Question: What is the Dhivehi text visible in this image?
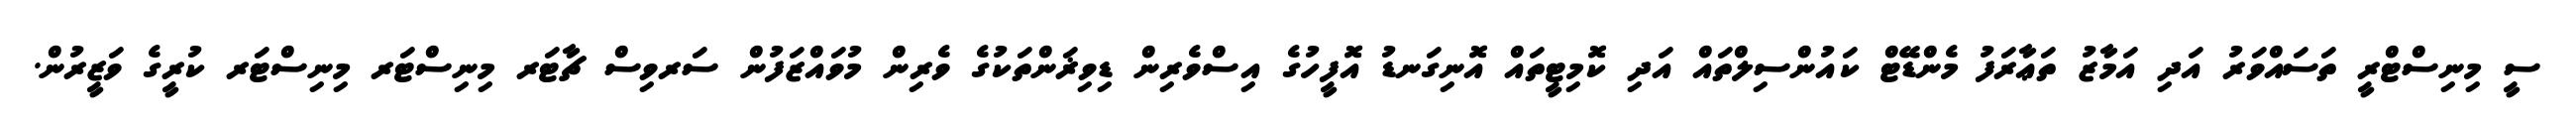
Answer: ސީ މިނިސްޓްރީ ތަސައްވަރު އަދި އަމާޒު ތަޢާރަފު މެންޑޭޓް ކައުންސިލްތައް އަދި ކޮމިޓީތައް އޮނިގަނޑު އޮފީހުގެ އިސްވެރިން ޑިވިޜަންތަކުގެ ވެރިން މުވައްޒަފުން ސަރވިސް ޗާޓަރ މިނިސްޓަރ މިނިސްޓަރ ކުރީގެ ވަޒީރުން.